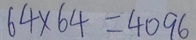
6 4 \times 6 4 = 4 0 9 6